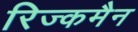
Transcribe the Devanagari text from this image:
रिज्कमैन